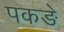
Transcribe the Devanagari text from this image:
पकङे